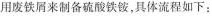
用废铁屑来制备硫酸铁铵，具体流程如下：